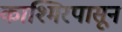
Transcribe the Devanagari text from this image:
काश्मिरपासून